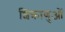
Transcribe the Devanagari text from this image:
शिक्राणुओं